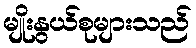
မျိုးနွယ်စုများသည်